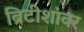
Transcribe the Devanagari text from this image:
ब्रिटीशांवर